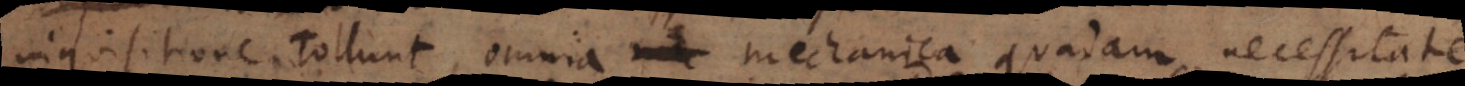
inquisitione tollunt, omnia mechanica quadam necessitate